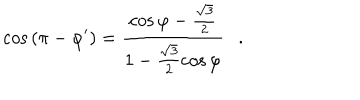
LaTeX: \cos { ( \pi - \varphi ^ { \prime } ) } = \frac { \cos { \varphi } - \frac { \sqrt { 3 } } { 2 } } { 1 - \frac { \sqrt { 3 } } { 2 } \cos { \varphi } } .